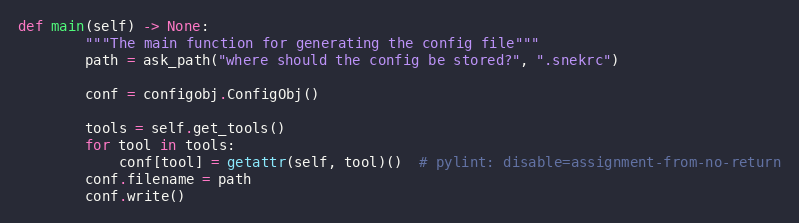
Language: Python
def main(self) -> None:
        """The main function for generating the config file"""
        path = ask_path("where should the config be stored?", ".snekrc")

        conf = configobj.ConfigObj()

        tools = self.get_tools()
        for tool in tools:
            conf[tool] = getattr(self, tool)()  # pylint: disable=assignment-from-no-return
        conf.filename = path
        conf.write()